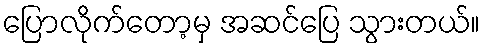
ပြောလိုက်တော့မှ အဆင်ပြေ သွားတယ်။